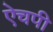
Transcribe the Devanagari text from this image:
ऐचपी